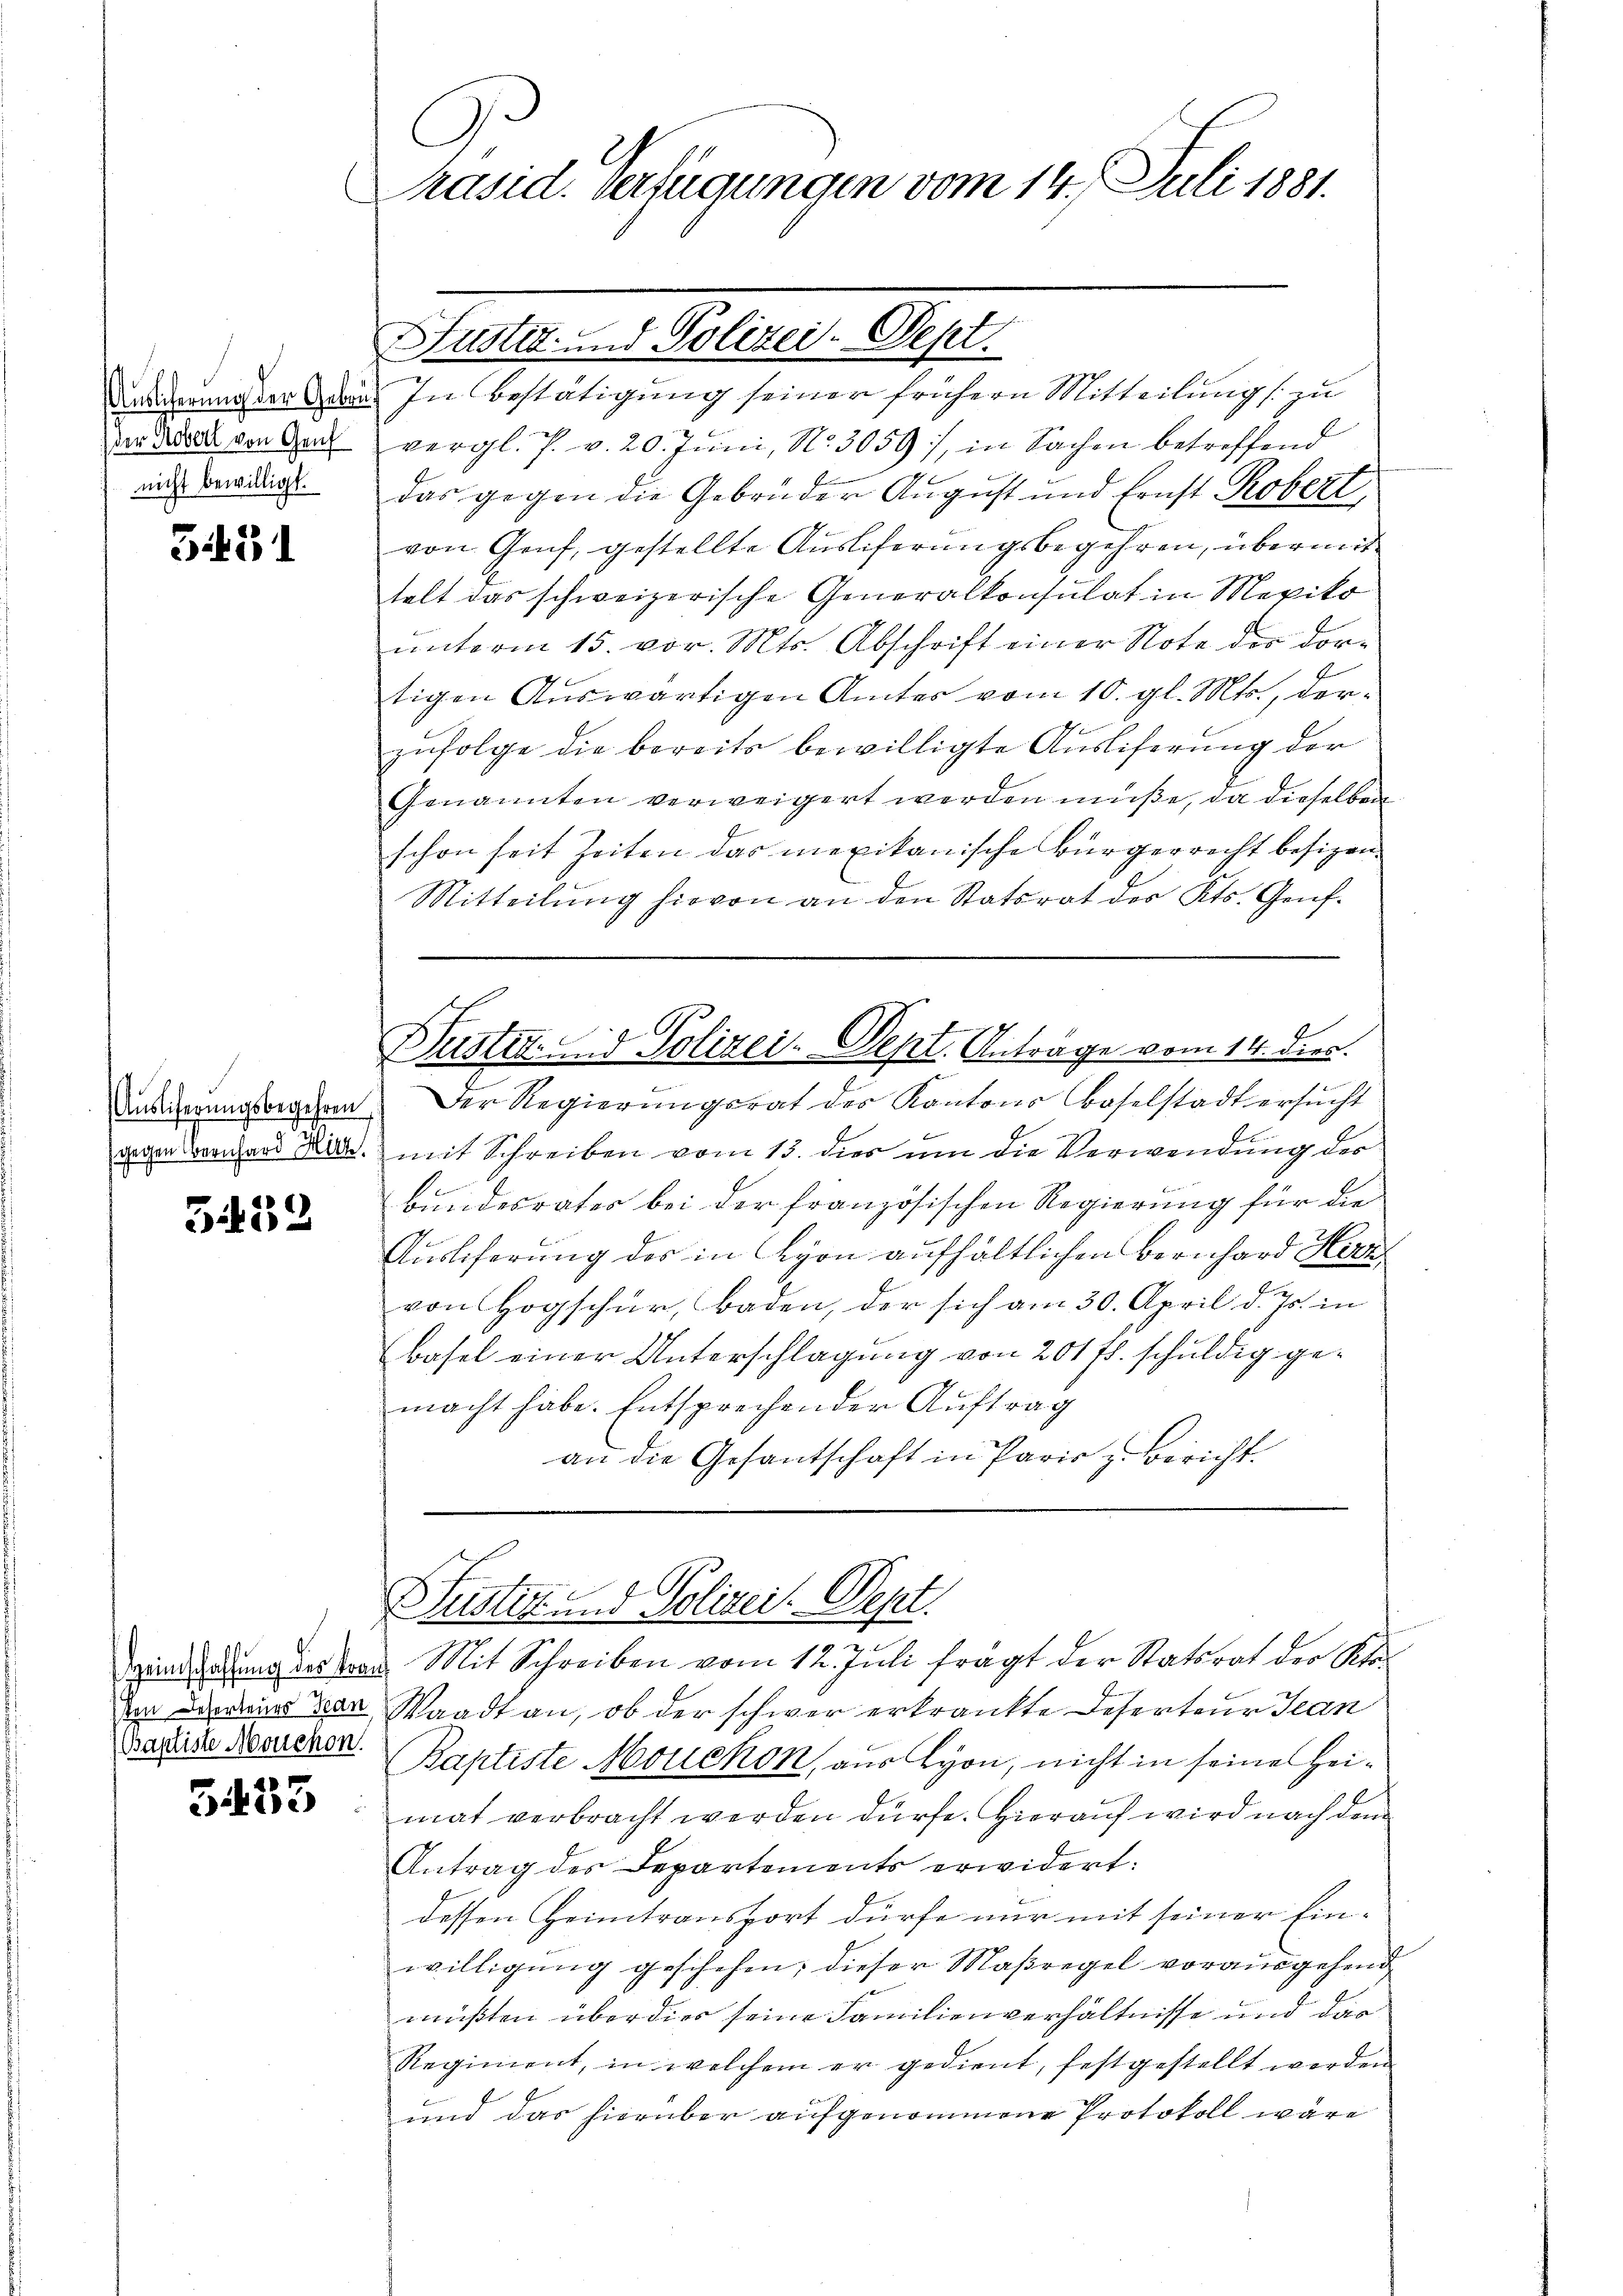
Auslicherung der Gebrüder Robert von Genf
nicht bewilligt.

3.431

3.452

ten Deserteurs Jean
(Baptiste Mouchon.

5433

C
Präsid. Verfügungen vom 14. Juli 1881.

In Bestätigung seiner frühern Mitteilung zu
vergl. J. v. 20. Juni, No. 3059), in Sachen betreffend
das gegen die Gebrüder August und Ernst Robert,
von Genf, gestellte Auslieferungsbegehren, übermit
telt das schweizerische Generalkonsulat in Mexiko
unterm 15. vor. Mts. Abschrift einer Note der dortigen Auswärtigen Amtes vom 10. gl. Mts., derzufolge die bereits bewilligte Ausliferung der
Genannten verweigert werden müße, da dieselben
schon seit Zeiten das mexikanische Bürgerrecht besizen¬
Mitteilung hievon an den Statsrat des Kts. Genf.
Dustit. Lud Polizei-Dept. Antrage vom 14. dien.
Anderungsorgehen. Der Regierungsrat der Kantons Baselstadt ersucht
gegen vornhard Man mit Schreiben vom 13. dies um die Verwendung der
bundesrater bei der französischen Regierung für die
Auslieferung des in Lyon aufhältlichen Bernhard Her
von Hogschur, Baden, der sich am 30. April d. Js. in
Basel einer Unterschlagung von 201 f. schuldig gemacht habe. Entsprechender Auftrag
an die Gesantschaft in Paris z. Bericht

Fustiz- und Polizei. Sept.

Justiz- und Polizei. Sept.
x
pendigung des an Mit Schreiben vom 12. Juli frägt der Statsrat der Ste¬

Waadt an, ob der schwer erkränkte Deserteur Jean
Baptiste Mouckon, aus Lyon, nicht in seine Heimat verbracht werden dürfe. Hierauf wird nach dem
Antrag des Departements erwidert:
dessen Heimtransport dürfe nur mit seiner Einwilligung geschehen; dieser Maßregel vorausgehend
mußten überdies seine Familienverhältnisse und dar
Regiment, in welchem er gedient, festgestellt werden
und das hierüber aufgenommene Protokoll wäre